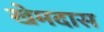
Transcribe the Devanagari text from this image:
खेमदास